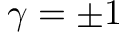
\gamma = \pm 1